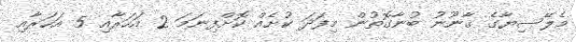
މެލޭސިޔާގެ ޤާނޫނު ބުނާގޮތުން މިފަދަ ކުށެއް ކޮށްފިނަމަ 2 އަހަރާއި 5 އަހަރާއި